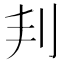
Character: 𠛉